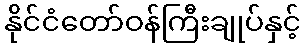
နိုင်ငံတော်ဝန်ကြီးချုပ်နှင့်